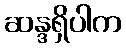
ဆန္ဒရှိပါက